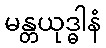
မန္တယုဒ္ဓါနံ